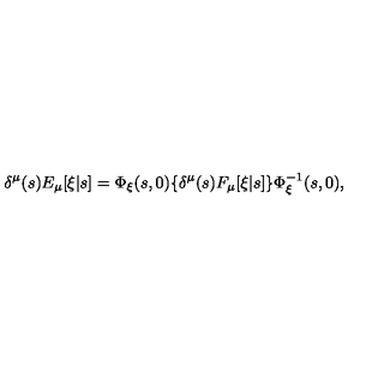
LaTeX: \delta ^ { \mu } ( s ) E _ { \mu } [ \xi | s ] = \Phi _ { \xi } ( s , 0 ) \{ \delta ^ { \mu } ( s ) F _ { \mu } [ \xi | s ] \} \Phi _ { \xi } ^ { - 1 } ( s , 0 ) ,